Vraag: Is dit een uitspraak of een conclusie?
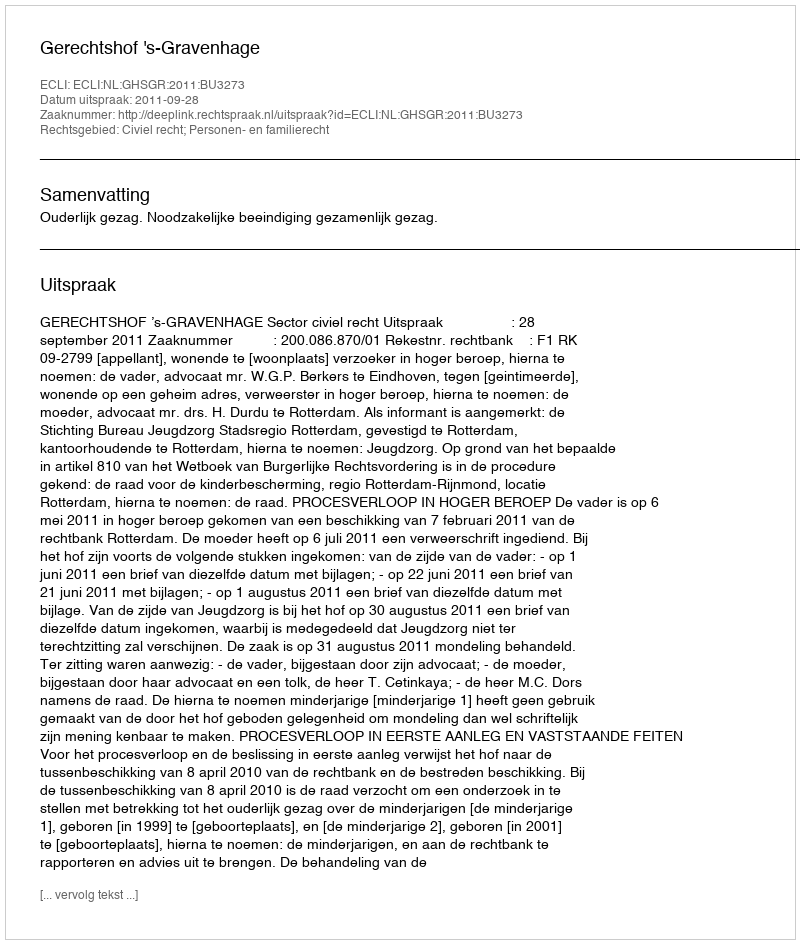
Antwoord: Uitspraak